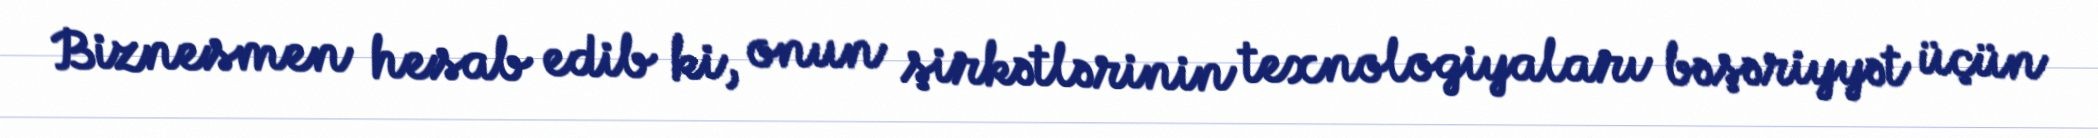
Biznesmen hesab edib ki, onun şirkətlərinin texnologiyaları bəşəriyyət üçün